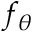
f _ { \theta }